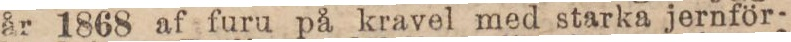
år 1868 af furu på kravel med starka jernför-